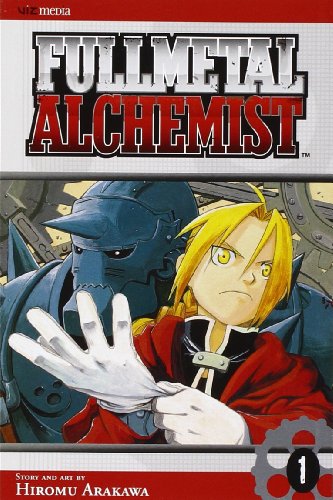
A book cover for Fullmetal Alchemist, Vol. 1; Hiromu Arakawa; Children's Books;